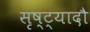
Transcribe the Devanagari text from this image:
सृष्ट्यादौ